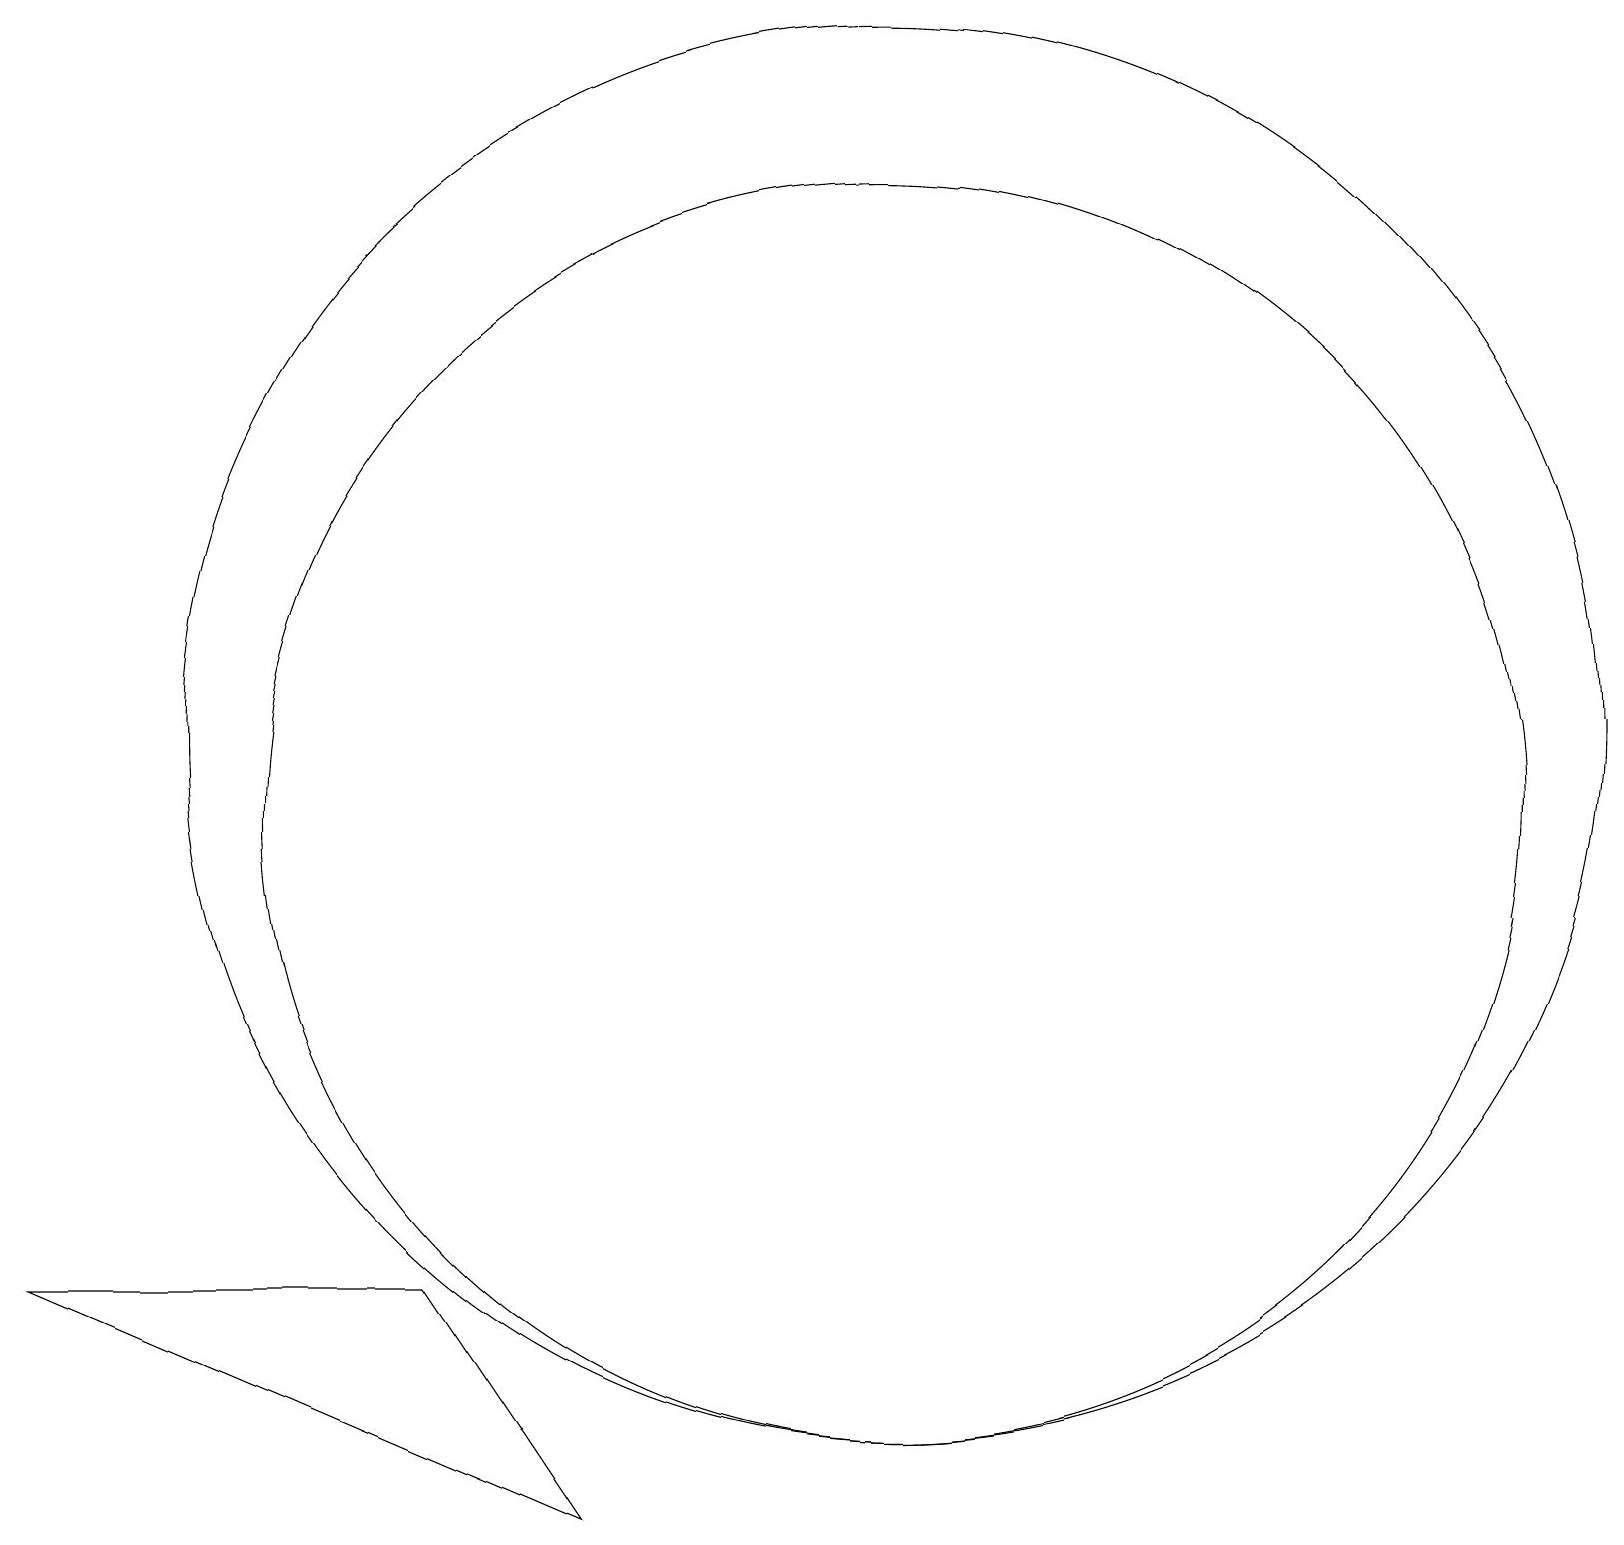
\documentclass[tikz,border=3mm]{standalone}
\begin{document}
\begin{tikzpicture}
\draw (11,12) circle (9);
\draw (11,11) circle (8);
\draw (7,2) -- (0,5) -- (5,5) -- cycle;
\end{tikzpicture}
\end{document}